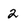
Character: 2